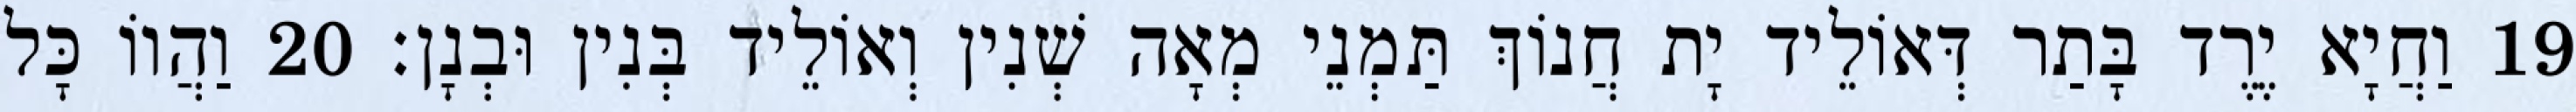
19 וַחֲיָא יֶרֶד בָּתַר דְּאוֹלֵיד יָת חֲנוֹךְ תַּמְנֵי מְאָה שְׁנִין וְאוֹלֵיד בְּנִין וּבְנָן׃ 20 וַהֲווֹ כָּל